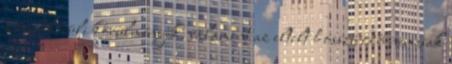
a rendkívüli körülmények, valamint az eltelt hosszú idő nemcsak